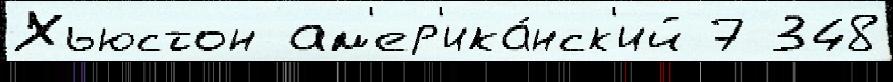
Хьюстон ам'ер'ика́нск'ий 7 348